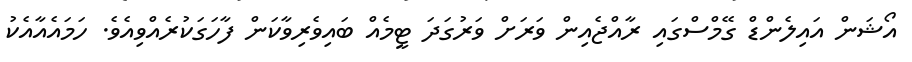
އޯޝަން އައިލެންޑް ގޭމްސްގައި ރާއްޖެއިން ވަރަށް ވަރުގަދަ ޓީމެއް ބައިވެރިވާކަން ފާހަގަކުރެއްވިއެވެ. ހަމައެއާއެކު